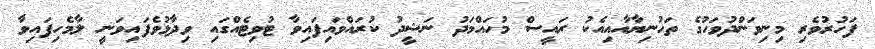
ފަހުރުވެރި މިނިވަންދުވަހުގެ ތަހުނިޔާއާއިއެކު ރައީސް މުހައްމަދު ނަޝީދު ކުރައްވައިފައިވާ ޓުވިޓެއްގައި ވިދާޅުވެފައިވަނީ ލާމެހިފައިވާ